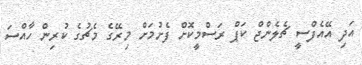
އަދި އޭއެފްސީ ޗެލެންޖް ކަޕް ރަސްމީކޮށް ފެށުމަށް މިރޭގެ މެޗުގެ ކުރިން ހާއްސަ